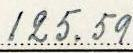
125.59